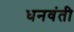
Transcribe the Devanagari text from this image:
धनवंती